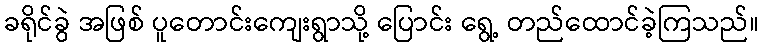
ခရိုင်ခွဲ အဖြစ် ပူတောင်းကျေးရွာသို့ ပြောင်း ရွေ့ တည်ထောင်ခဲ့ကြသည်။